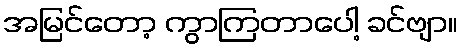
အမြင်တော့ ကွာကြတာပေါ့ ခင်ဗျာ။